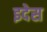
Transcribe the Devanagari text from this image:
इदेस